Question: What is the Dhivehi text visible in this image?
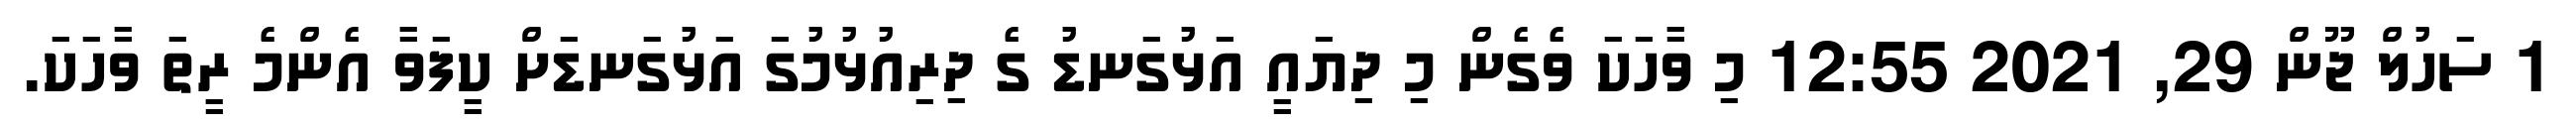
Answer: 1 ސަހުލް ޖޫން 29, 2021 12:55 މި ވާހަކަ ވެގެން މި ދިޔައީ އަޅުގަނޑު ގެ ދިރިއުޅުމުގަ އަޅުގަނޑަށް ކީފަވާ އެންމެ ރީތަ ވާހަކަ.